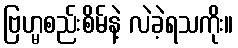
ဗြဟ္မစည်းစိမ်နဲ့ လဲခဲ့ရသကိုး။